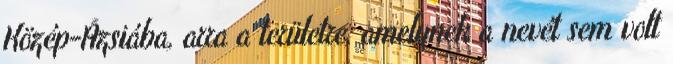
Közép-Ázsiába, arra a területre, amelynek a nevét sem volt